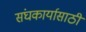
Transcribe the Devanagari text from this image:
संघकार्यासाठी